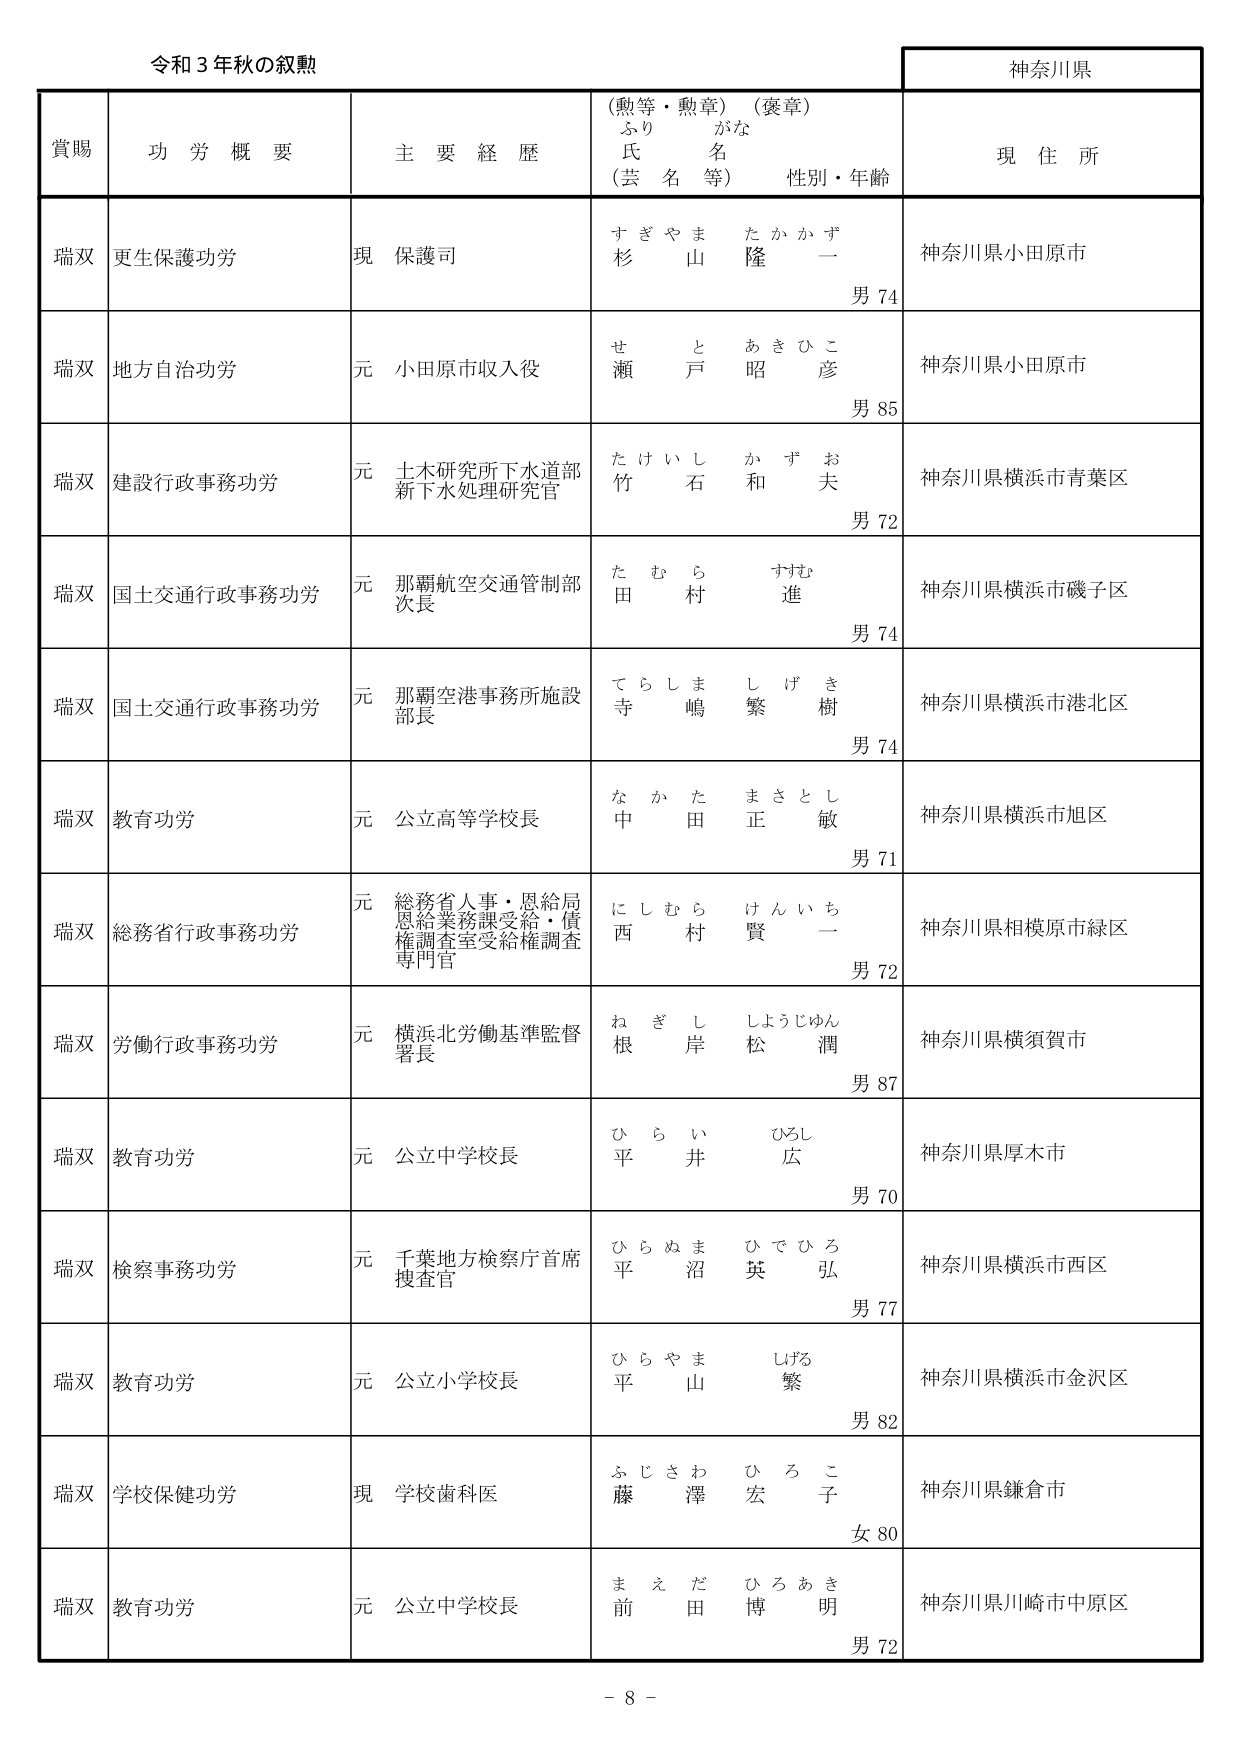
令和３年秋の叙勲

神奈川県

賞賜　功労概要　主要経歴　（勲等・勲章）（褒章）　ふりがな　氏名（芸名等）　性別・年齢　現住所

瑞双　更生保護功労　現　保護司　すぎやま　たかかず　杉山　隆一　男74　神奈川県小田原市

瑞双　地方自治功労　元　小田原市収入役　せと　あきひこ　瀬戸　昭彦　男85　神奈川県小田原市

瑞双　建設行政事務功労　元　土木研究所下水道部新下水処理研究官　たけいし　かずお　竹石　和夫　男72　神奈川県横浜市青葉区

瑞双　国土交通行政事務功労　元　那覇航空交通管制部次長　たむら　すすむ　田村　進　男74　神奈川県横浜市磯子区

瑞双　国土交通行政事務功労　元　那覇空港事務所施設部長　てらしま　しげき　寺嶋　繁樹　男74　神奈川県横浜市港北区

瑞双　教育功労　元　公立高等学校長　なかた　まさとし　中田　正敏　男71　神奈川県横浜市旭区

瑞双　総務省行政事務功労　元　総務省人事・恩給局恩給業務課受給・債権調査室受給権調査専門官　にしむら　けんいち　西村　賢一　男72　神奈川県相模原市緑区

瑞双　労働行政事務功労　元　横浜北労働基準監督署長　ねぎし　しょうじゅん　根岸　松潤　男87　神奈川県横須賀市

瑞双　教育功労　元　公立中学校長　ひらい　ひろし　平井　広　男70　神奈川県厚木市

瑞双　検察事務功労　元　千葉地方検察庁首席捜査官　ひらぬま　ひでひろ　平沼　英弘　男77　神奈川県横浜市西区

瑞双　教育功労　元　公立小学校長　ひらやま　しげる　平山　繁　男82　神奈川県横浜市金沢区

瑞双　学校保健功労　現　学校歯科医　ふじさわ　ひろこ　藤澤　宏子　女80　神奈川県鎌倉市

瑞双　教育功労　元　公立中学校長　まえだ　ひろあき　前田　博明　男72　神奈川県川崎市中原区

－8－